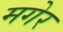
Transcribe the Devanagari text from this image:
मगेर